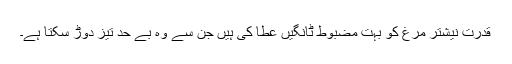
قدرت نیشتر مرغ کو بہت مضبوط ٹانگیں عطا کی ہیں جن سے وہ بے حد تیز دوڑ سکتا ہے۔